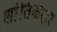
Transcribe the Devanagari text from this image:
शांतिकरार